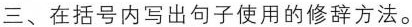
三、在括号内写出句子使用的修辞方法。